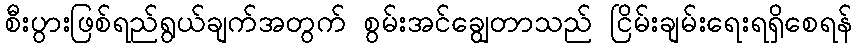
စီးပွားဖြစ်ရည်ရွယ်ချက်အတွက် စွမ်းအင်ချွေတာသည် ငြိမ်းချမ်းရေးရရှိစေရန်